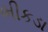
ભીકડા